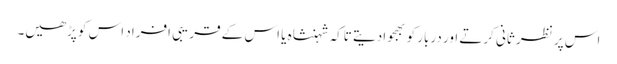
اس پر نظر ثانی کرتے اور دربار کو بھجوادیتے تاکہ شہنشاہ یا اس کے قریبی افراد اس کو پڑھیں۔